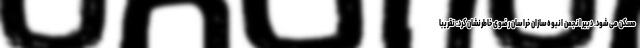
مسکن می‌شود. دبیر انجمن انبوه‌سازان خراسان رضوی خاطرنشان کرد: تقریبا